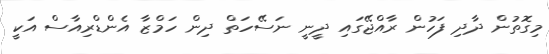
މިގޮތުން ދާދި ފަހުން ރާއްޖޭގައި ދީނީ ނަސޭހަތް ދިން ހަމްޒާ އެންޑްރިއާސް އަކީ